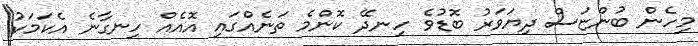
މިހެން ބުންޏަސް ދިޔަވަރު ބޮޑުވެ ހިނދޭ ކޮންމެ ތަނެއްގައި އޮއެއް ހިނގާނެ އެކަމަކު